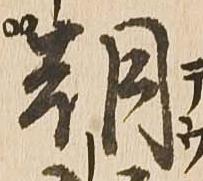
朝